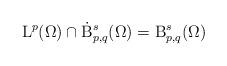
LaTeX: \begin{align*} {\mathrm{L}}^{p}(\Omega)\cap \dot{\mathrm{B}}^{s}_{p,q}(\Omega) = {\mathrm{B}}^{s}_{p,q}(\Omega)\end{align*}